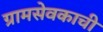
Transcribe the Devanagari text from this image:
ग्रामसेवकाची